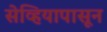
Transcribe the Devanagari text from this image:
सेव्हियापासून